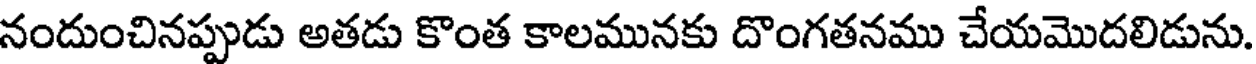
నందుంచినప్పుడు అతడు కొంత కాలమునకు దొంగతనము చేయమొదలిడును